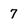
Character: 7